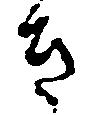
き